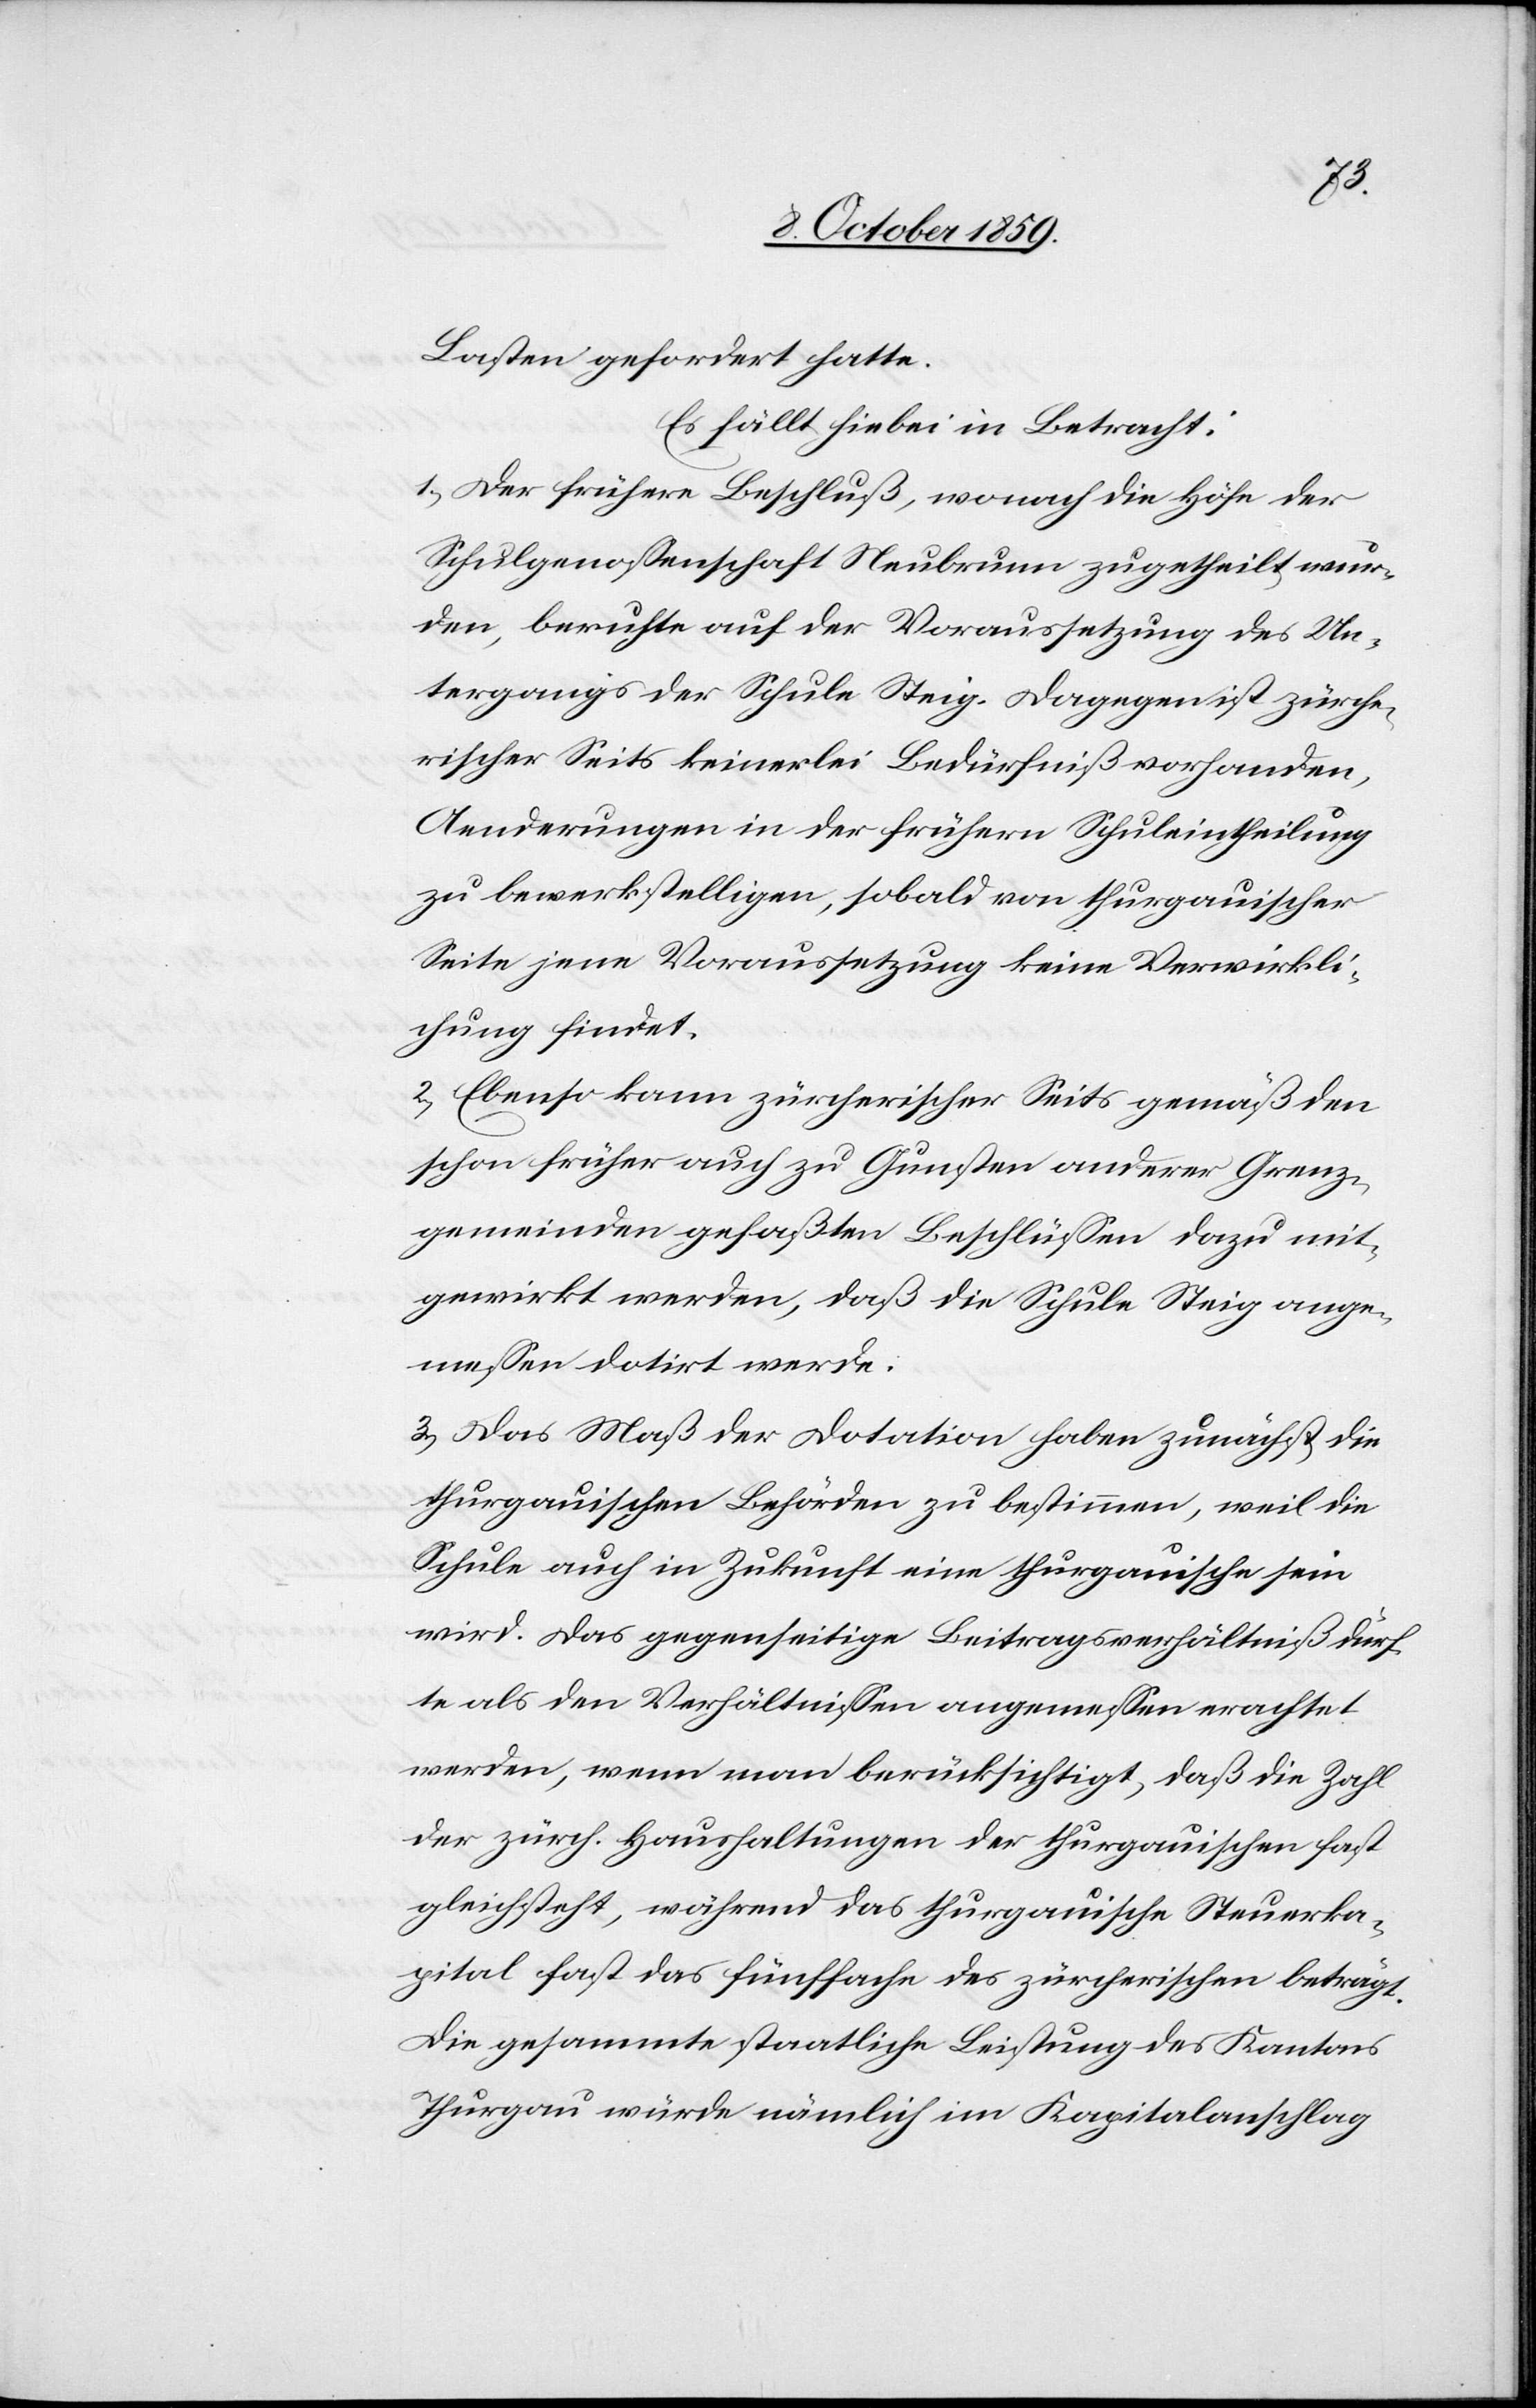
Lasten gefordert hatte.
Es fällt hiebei in Betracht:
1. Der frühere Beschluß, wonach die Höfe der
Schulgenossenschaft Neubrunn zugetheilt wur¬
den, beruhte auf der Voraussetzung des Un¬
tergangs der Schule Steig. Dagegen ist zürche¬
rischer Seite keinerlei Bedürfniß vorhanden,
Aenderungen in der frühern Schuleintheilung
zu bewerkstelligen, sobald von thurgauischer
Seite jene Voraussetzung keine Verwirkli¬
chung findet.
2. Ebenso kann zürcherischer Seits gemäß den
schon früher auch zu Gunsten anderer Grenz¬
gemeinden gefaßten Beschlüssen dazu mit¬
gewirkt werden, daß die Schule Steig ange¬
messen dotirt werde.
3. Das Maß der Dotation haben zunächst die
thurgauischen Behörden zu bestimmen, weil die
Schule auch in Zukunft eine thurgauische sein
wird. Das gegenseitige Beitragsverhältniß dürf¬
te als den Verhältnissen angemessen erachtet
werden, wenn man berücksichtigt, daß die Zahl
der zürch. Haushaltungen der thurgauischen fast
gleichsteht, während das thurgauische Steuerka¬
pital fast das fünffache des zürcherischen beträgt.
Die gesammte staatliche Leistung des Kantons
Thurgau würde nämlich im Kapitalanschlag